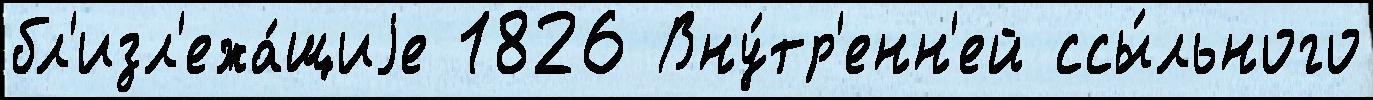
бл'изл'ежа́щиjе 1826 Вну́тр'енн'ей ссы́льного